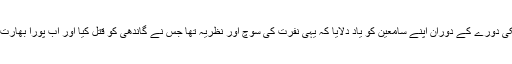
عمران خان نے اپنے امریکی دورے کے دوران اپنے سامعین کو یاد دلایا کہ یہی نفرت کی سوچ اور نظریہ تھا جس نے گاندھی کو قتل کیا اور اب پورا بھارت اس نفرت کی زد میں ہے۔